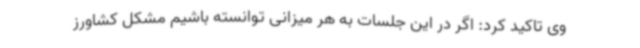
وی تاکید کرد: اگر در این جلسات به هر میزانی توانسته باشیم مشکل کشاورز